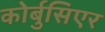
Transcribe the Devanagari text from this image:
कोर्बुसिएर